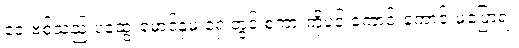
ဒေးဗစ်သည် ပထွေးမောင်နှမ ရှေ့တွင် စကားကိုပင် ကောင်းကောင်းမပြောရဲ။